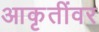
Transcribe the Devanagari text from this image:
आकृतींवर